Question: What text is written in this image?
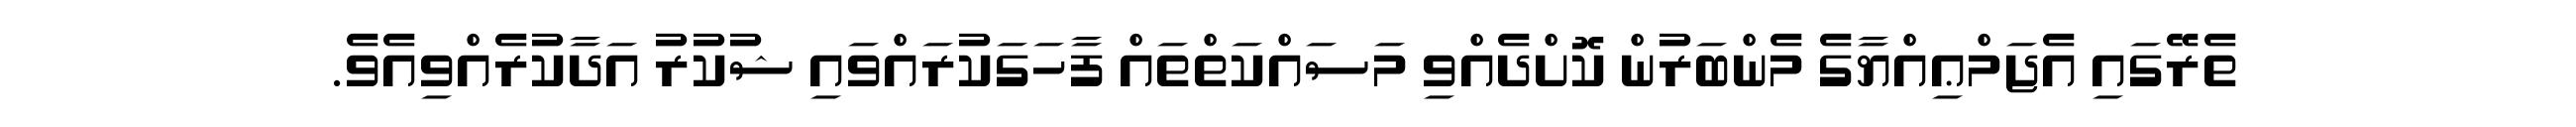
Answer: ތެރޭގައި އެޖަމްޢިއްޔާގެ މެންބަރުން ކޮށްދެއްވި މަސައްކަތްތައް ފާހަގަކުރައްވައި ޝުކުރު އަދާކުރެއްވިއެވެ.